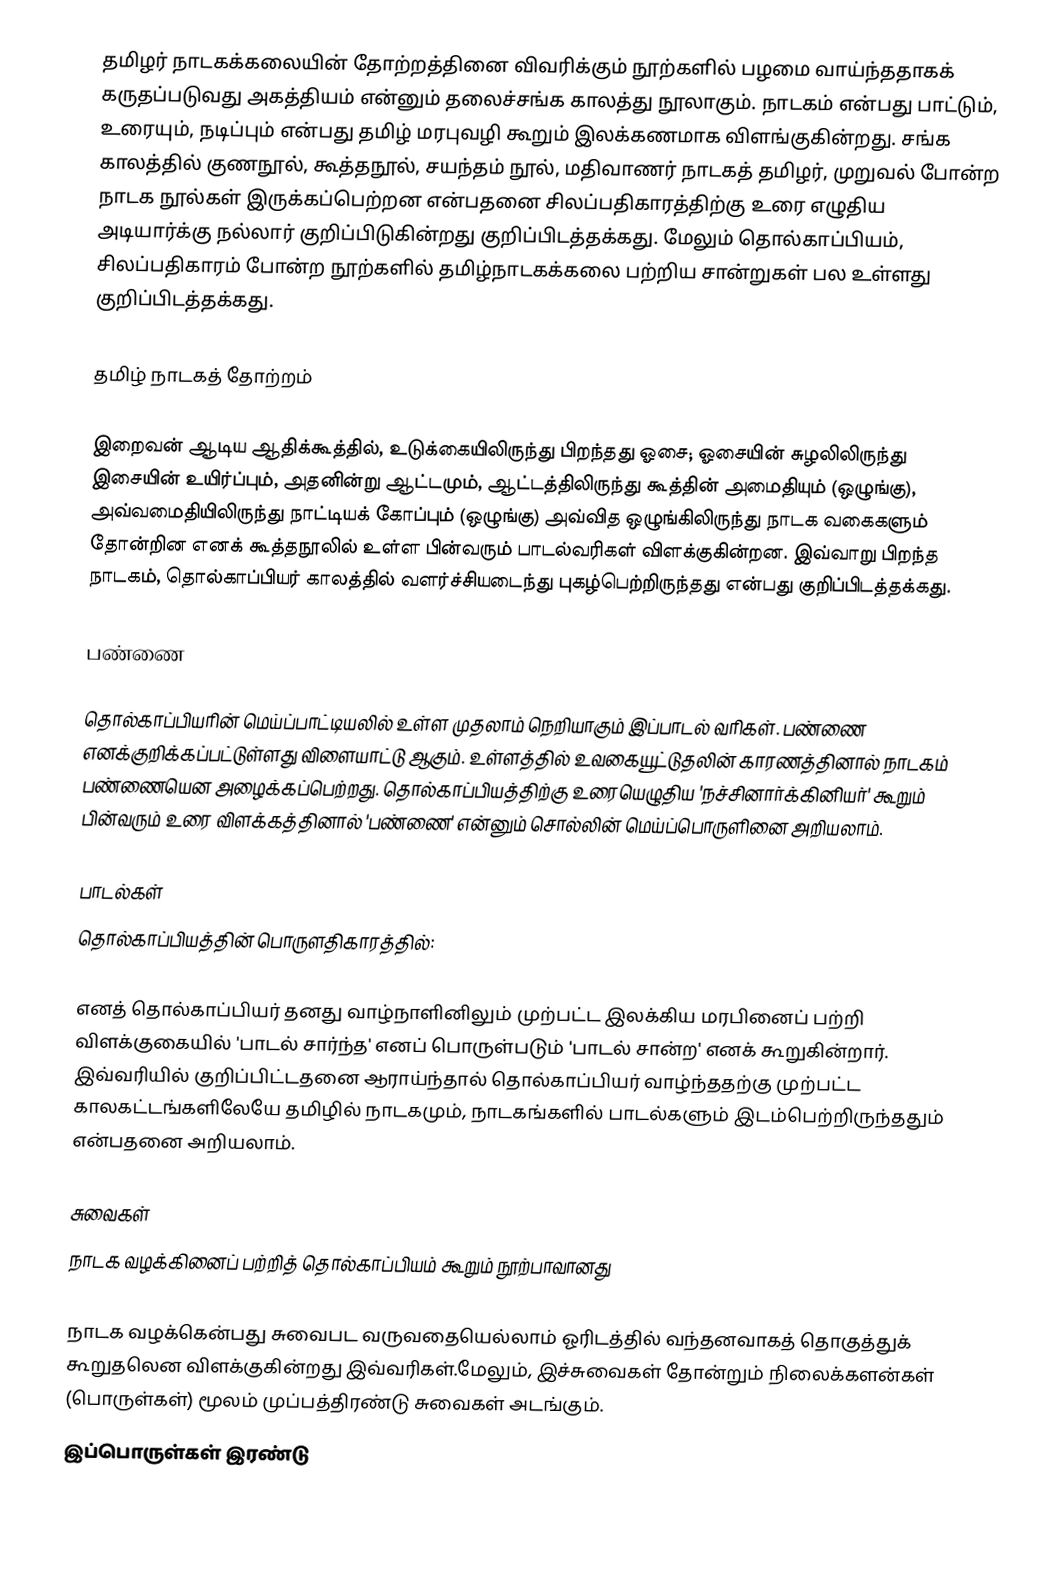
தமிழர் நாடகக்கலையின் தோற்றத்தினை விவரிக்கும் நூற்களில் பழமை வாய்ந்ததாகக் கருதப்படுவது அகத்தியம் என்னும் தலைச்சங்க காலத்து நூலாகும். நாடகம் என்பது பாட்டும், உரையும், நடிப்பும் என்பது தமிழ் மரபுவழி கூறும் இலக்கணமாக விளங்குகின்றது. சங்க காலத்தில் குணநூல், கூத்தநூல், சயந்தம் நூல், மதிவாணர் நாடகத் தமிழர், முறுவல் போன்ற நாடக நூல்கள் இருக்கப்பெற்றன என்பதனை சிலப்பதிகாரத்திற்கு உரை எழுதிய அடியார்க்கு நல்லார் குறிப்பிடுகின்றது குறிப்பிடத்தக்கது. மேலும் தொல்காப்பியம், சிலப்பதிகாரம் போன்ற நூற்களில் தமிழ்நாடகக்கலை பற்றிய சான்றுகள் பல உள்ளது குறிப்பிடத்தக்கது.

தமிழ் நாடகத் தோற்றம்

இறைவன் ஆடிய ஆதிக்கூத்தில், உடுக்கையிலிருந்து பிறந்தது ஓசை; ஓசையின் சுழலிலிருந்து இசையின் உயிர்ப்பும், அதனின்று ஆட்டமும், ஆட்டத்திலிருந்து கூத்தின் அமைதியும் (ஒழுங்கு), அவ்வமைதியிலிருந்து நாட்டியக் கோப்பும் (ஒழுங்கு) அவ்வித ஒழுங்கிலிருந்து நாடக வகைகளும் தோன்றின எனக் கூத்தநூலில் உள்ள பின்வரும் பாடல்வரிகள் விளக்குகின்றன. இவ்வாறு பிறந்த நாடகம், தொல்காப்பியர் காலத்தில் வளர்ச்சியடைந்து புகழ்பெற்றிருந்தது என்பது குறிப்பிடத்தக்கது.

பண்ணை

தொல்காப்பியரின் மெய்ப்பாட்டியலில் உள்ள முதலாம் நெறியாகும் இப்பாடல் வரிகள். பண்ணை எனக்குறிக்கப்பட்டுள்ளது விளையாட்டு ஆகும். உள்ளத்தில் உவகையூட்டுதலின் காரணத்தினால் நாடகம் பண்ணையென அழைக்கப்பெற்றது. தொல்காப்பியத்திற்கு உரையெழுதிய 'நச்சினார்க்கினியர்' கூறும் பின்வரும் உரை விளக்கத்தினால் 'பண்ணை' என்னும் சொல்லின் மெய்ப்பொருளினை அறியலாம்.

பாடல்கள்
தொல்காப்பியத்தின் பொருளதிகாரத்தில்:

எனத் தொல்காப்பியர் தனது வாழ்நாளினிலும் முற்பட்ட இலக்கிய மரபினைப் பற்றி விளக்குகையில் 'பாடல் சார்ந்த' எனப் பொருள்படும் 'பாடல் சான்ற' எனக் கூறுகின்றார். இவ்வரியில் குறிப்பிட்டதனை ஆராய்ந்தால் தொல்காப்பியர் வாழ்ந்ததற்கு முற்பட்ட காலகட்டங்களிலேயே தமிழில் நாடகமும், நாடகங்களில் பாடல்களும் இடம்பெற்றிருந்ததும் என்பதனை அறியலாம்.

சுவைகள்
நாடக வழக்கினைப் பற்றித் தொல்காப்பியம் கூறும் நூற்பாவானது

நாடக வழக்கென்பது சுவைபட வருவதையெல்லாம் ஓரிடத்தில் வந்தனவாகத் தொகுத்துக் கூறுதலென விளக்குகின்றது இவ்வரிகள்.மேலும், இச்சுவைகள் தோன்றும் நிலைக்களன்கள் (பொருள்கள்) மூலம் முப்பத்திரண்டு சுவைகள் அடங்கும்.
இப்பொருள்கள் இரண்டு